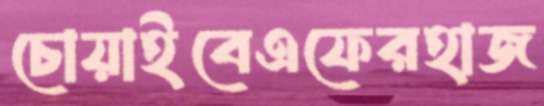
চোয়াইবেএফেরহাজ